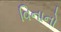
વિનાનો